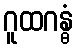
ဂူထဂန္ဓံ